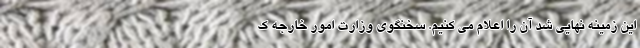
این زمینه نهایی شد آن را اعلام می کنیم. سخنگوی وزارت امور خارجه ک